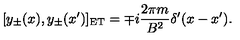
[ y _ { \pm } ( x ) , y _ { \pm } ( x ^ { \prime } ) ] _ { \mathrm { E T } } = \mp i { \frac { 2 \pi m } { B ^ { 2 } } } \delta ^ { \prime } ( x - x ^ { \prime } ) .